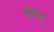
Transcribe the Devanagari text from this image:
छिमा